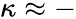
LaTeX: \kappa\approx-